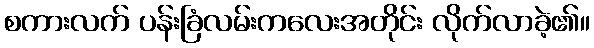
စကားလက် ပန်းခြံလမ်းကလေးအတိုင်း လိုက်လာခဲ့၏။